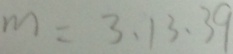
m = 3 , 1 3 , 3 9